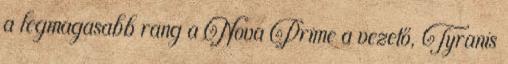
a legmagasabb rang a Nova Prime a vezető, Tyranis